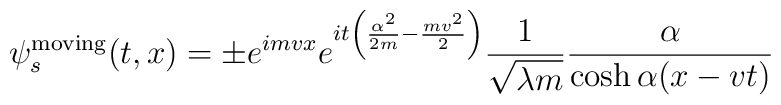
\psi_s^{\rm moving} (t,x)= \pm e^{imvx} e^{it\left(\frac{\alpha^2}{2m} -\frac{mv^2}{2}\right)} \frac{1}{\sqrt{\lambda m}} \frac{\alpha}{\cosh \alpha(x-vt)}